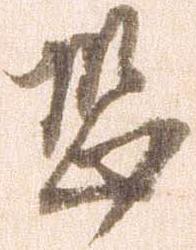
恐